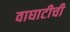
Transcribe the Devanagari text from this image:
वाघाटीची